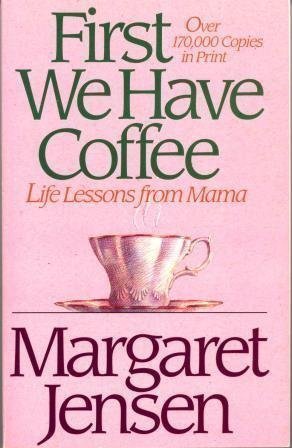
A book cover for First We Have Coffee: Life Lessons from Mama; Margaret T. Jensen; Reference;